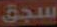
سجق